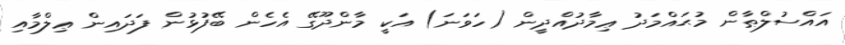
އައްސުލްޠާން މުޙައްމަދު ޢިމާދުއްދީން (ހަވަނަ) އަކީ މާންދޫގޭ އެހެން ބޭފުޅުން ފަދައިން ޢިލްމާއި